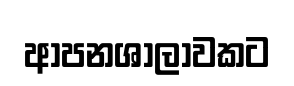
ආපනශාලාවකට